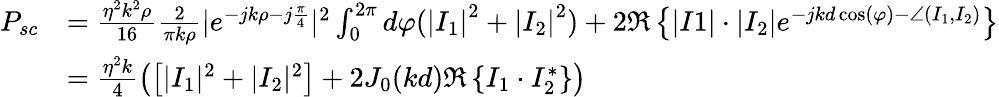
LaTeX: \begin{array}{rl}{P_{sc}}&{=\frac{\eta^{2}k^{2}\rho}{16}\frac{2}{\pi k\rho}|e^{-jk\rho-j\frac{\pi}{4}}|^{2}\int_{0}^{2\pi}d\varphi(\left|I_{1}\right|^{2}+\left|I_{2}\right|^{2})+2\Re\left\{ |I1|\cdot|I_{2}|e^{-jkd\cos(\varphi)-\angle(I_{1},I_{2})}\right\} }\\ &{=\frac{\eta^{2}k}{4}\left(\left[|I_{1}|^{2}+|I_{2}|^{2}\right]+2J_{0}(kd)\Re\left\{ I_{1}\cdot I_{2}^{*}\right\} \right)}\end{array}